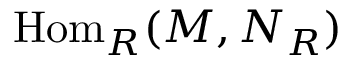
{ \mathrm { H o m } } _ { R } ( M , N _ { R } )